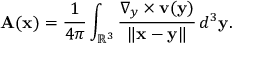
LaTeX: \mathbf { A } ( \mathbf { x } ) = { \frac { 1 } { 4 \pi } } \int _ { \mathbb { R } ^ { 3 } } { \frac { \nabla _ { y } \times \mathbf { v } ( \mathbf { y } ) } { \left\| \mathbf { x } - \mathbf { y } \right\| } } \, d ^ { 3 } \mathbf { y } .